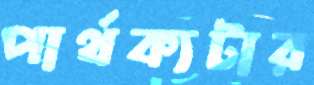
পার্থক্যটার